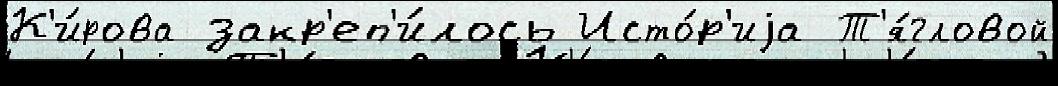
К'и́рова закр'еп'и́лось Исто́р'иjа Т'я́гловой